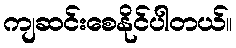
ကျဆင်းစေနိုင်ပါတယ်။